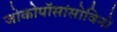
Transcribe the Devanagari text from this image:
जोकोपॉसांसोविनो